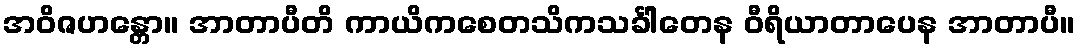
အဝိဇဟန္တော။ အာတာပီတိ ကာယိကစေတသိကသင်္ခါတေန ဝီရိယာတာပေန အာတာပီ။